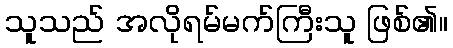
သူသည် အလိုရမ်မက်ကြီးသူ ဖြစ်၏။